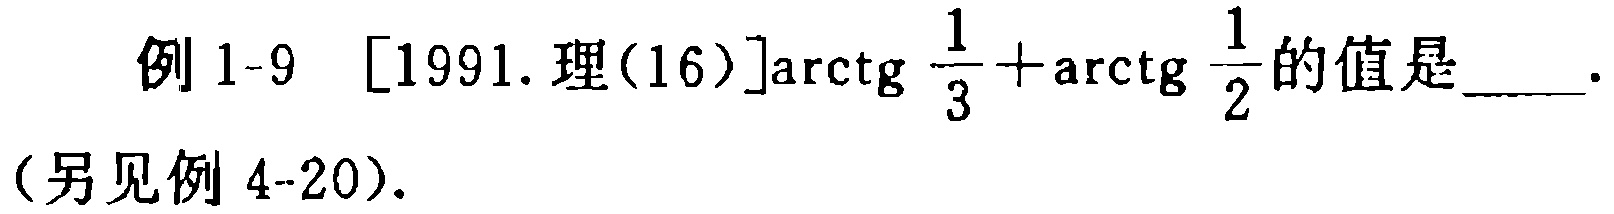
例 1-9 [1991. 理(16)]$\text{arctg} \frac{1}{3}+\text{arctg} \frac{1}{2}$的值是____.

(另见例 4-20).